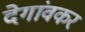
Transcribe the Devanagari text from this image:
देगांवकर